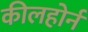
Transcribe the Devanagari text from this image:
कीलहोर्न